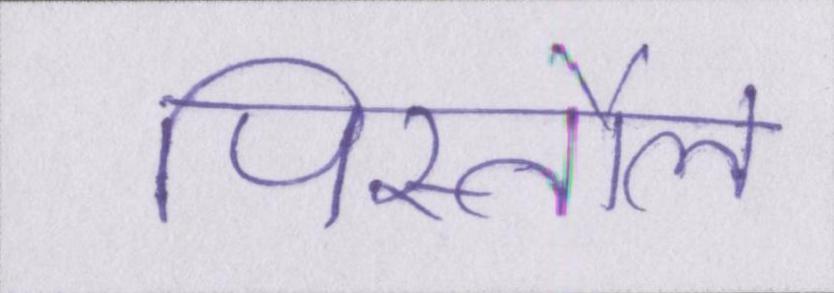
पिस्तौल